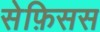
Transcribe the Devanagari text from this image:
सेफ़िसस